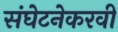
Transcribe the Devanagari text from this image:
संघेटनेकरवी